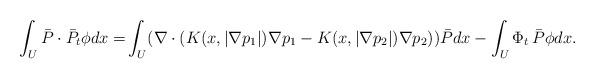
LaTeX: \begin{align*}\int_U \bar P \cdot \bar P_t \phi dx =& \int_U (\nabla\cdot \left(K(x,|\nabla p_1|)\nabla p_1- K(x,|\nabla p_2|)\nabla p_2\right) ) \bar P dx-\int_U \Phi_t\, \bar P\phi dx.\end{align*}